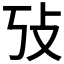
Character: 𰕃